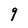
Character: 9